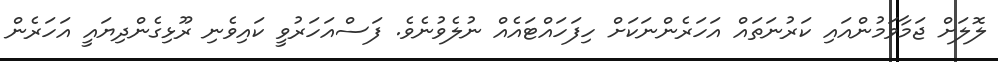
ލޮލަށް ޖަމާވަމުންއައި ކަރުނަތައް އަހަރެންނަކަށް ހިފަހައްޓައެއް ނުލެވުނެވެ. ފަސްއަހަރުވީ ކައިވެނި ރޫޅިގެންދިޔައީ އަހަރެން